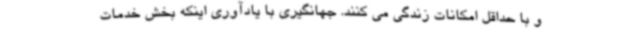
و با حداقل امکانات زندگی می کنند. جهانگیری با یادآوری اینکه بخش خدمات